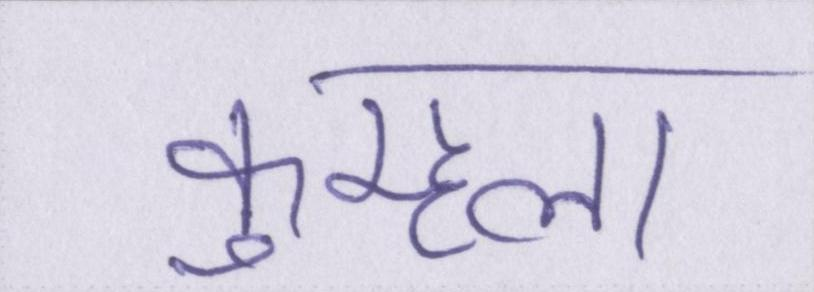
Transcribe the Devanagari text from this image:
कुम्हला